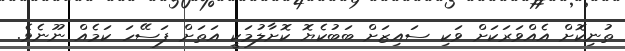
ތުނިކޮށް އެއްވަރަކަށް ވަކި ސައިޒަށް ބަބުކެޔޮ ކޮށާލުމަކީ އަތަށް ފަސޭހަ ކަމެއް ނޫނެވެ.